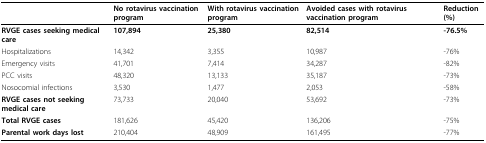
|  | No rotavirus vaccination program | With rotavirus vaccination program | Avoided cases with rotavirus vaccination program | Reduction (%) |
 | --- | --- | --- | --- | --- |
 | RVGE cases seeking medical care | 107,894 | 25,380 | 82,514 | -76.5% |
 | Hospitalizations | 14,342 | 3,355 | 10,987 | -76% |
 | Emergency visits | 41,701 | 7,414 | 34,287 | -82% |
 | PCC visits | 48,320 | 13,133 | 35,187 | -73% |
 | Nosocomial infections | 3,530 | 1,477 | 2,053 | -58% |
 | RVGE cases not seeking medical care | 73,733 | 20,040 | 53,692 | -73% |
 | Total RVGE cases | 181,626 | 45,420 | 136,206 | -75% |
 | Parental work days lost | 210,404 | 48,909 | 161,495 | -77% |